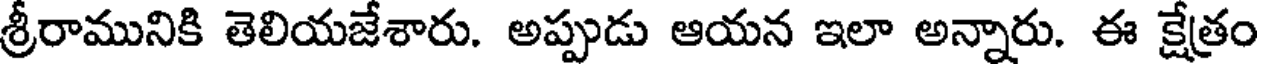
శ్రీరామునికి తెలియజేశారు. అప్పుడు ఆయన ఇలా అన్నారు. ఈ క్షేత్రం